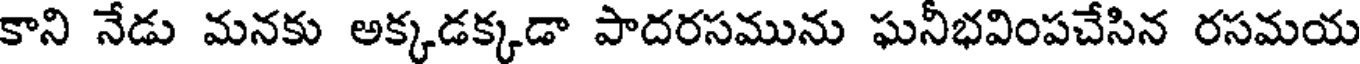
కాని నేడు మనకు అక్కడక్కడా పాదరసమును ఘనీభవింపచేసిన రసమయ